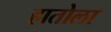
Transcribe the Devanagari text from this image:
हातोला